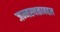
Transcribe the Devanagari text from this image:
जन्मस्थळाबद्दल